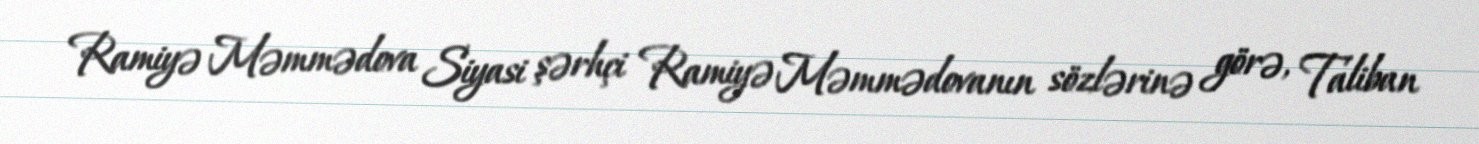
Ramiyə Məmmədova Siyasi şərhçi Ramiyə Məmmədovanın sözlərinə görə, Taliban